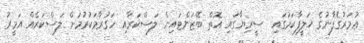
ޢުމަރުގެފާނުގެ ޚަލީފާކަމުގައި  ސީރިޔާގައި އޮތް ބޭޒަންޓައިން ލަސްކަރާއި ހަގުރާމަކުރުމަށް ލަސްކަރެއް އަމީރު